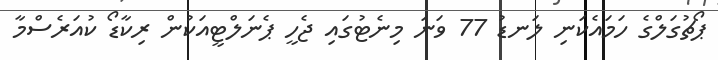
ޕޯޗުގަލްގެ ހަމައެކަނި ލަނޑު 77 ވަނަ މިނެޓުގައި ޖެހީ ޕެނަލްޓީއަކުން ރިކާޑޯ ކުއަރެސްމާ